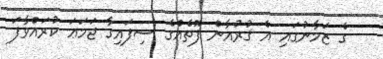
ގެ ޒަމާނުގައި އެ ޤުރުއާން ފޮތެއްގެ ސިފައިގާ ޖަމަޢަ ކުރައްވާފަ